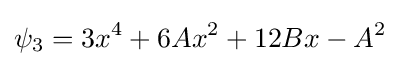
\psi _{3}=3x^{4}+6Ax^{2}+12Bx-A^{2}